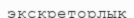
экскреторлық